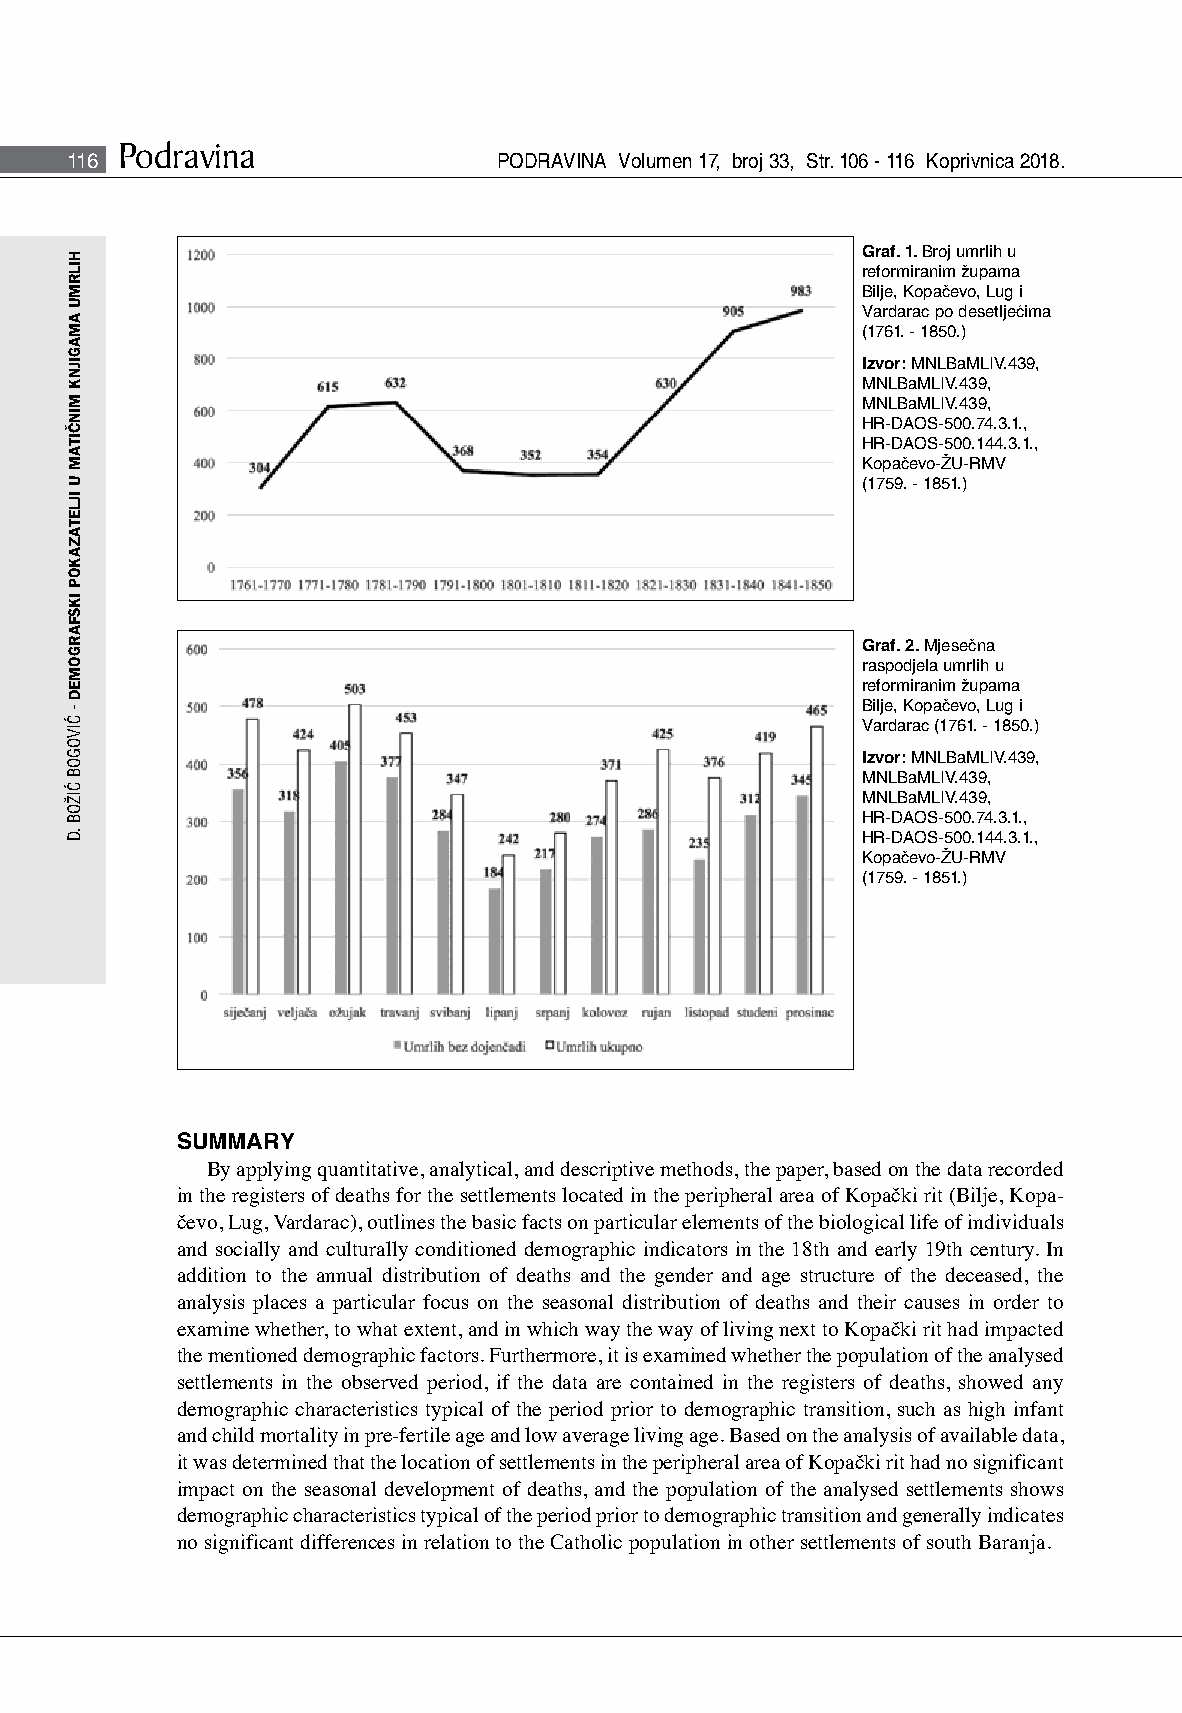
Podravina
 116                          PODRAVINA Volumen 17, broj 33, Str. 106 - 116 Koprivnica 2018.
 Graf. 1. Broj umrlih u
 reformiranim župama
 Bilje, Kopačevo, Lug i
 Vardarac po desetljećima
 (1761. - 1850.)
 Izvor: MNLBaMLIV.439,
 MNLBaMLIV.439,
 MNLBaMLIV.439,
 HR-DAOS-500.74.3.1.,
 HR-DAOS-500.144.3.1.,
 Kopačevo-ŽU-RMV
 (1759. - 1851.)
 Graf. 2. Mjesečna
 raspodjela umrlih u
 reformiranim župama
 Bilje, Kopačevo, Lug i
 Vardarac (1761. - 1850.)
 Izvor: MNLBaMLIV.439,
 MNLBaMLIV.439,
 MNLBaMLIV.439,
 HR-DAOS-500.74.3.1.,
 HR-DAOS-500.144.3.1.,
 Kopačevo-ŽU-RMV
 (1759. - 1851.)
 SUMMARY
 By applying quantitative, analytical, and descriptive methods, the paper, based on the data recorded
 in the registers of deaths for the settlements located in the peripheral area of Kopački rit (Bilje, Kopa-
 čevo, Lug, Vardarac), outlines the basic facts on particular elements of the biological life of individuals
 and socially and culturally conditioned demographic indicators in the 18th and early 19th century. In
 addition to the annual distribution of deaths and the gender and age structure of the deceased, the
 analysis places a particular focus on the seasonal distribution of deaths and their causes in order to
 examine whether, to what extent, and in which way the way of living next to Kopački rit had impacted
 the mentioned demographic factors. Furthermore, it is examined whether the population of the analysed
 settlements in the observed period, if the data are contained in the registers of deaths, showed any
 demographic characteristics typical of the period prior to demographic transition, such as high infant
 and child mortality in pre-fertile age and low average living age. Based on the analysis of available data,
 it was determined that the location of settlements in the peripheral area of Kopački rit had no significant
 impact on the seasonal development of deaths, and the population of the analysed settlements shows
 demographic characteristics typical of the period prior to demographic transition and generally indicates
 no significant differences in relation to the Catholic population in other settlements of south Baranja.
 HILRMU
 AMAGIJNK
 MINČITAM
 U
 IJLETAZAKOP
 IKSFARGOMED
 -
 ĆIVOGOB
 ĆIŽOB
 .D